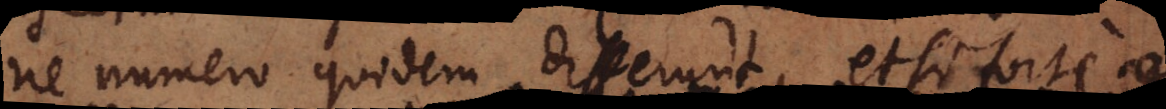
ne numero quidem differunt, et si forte ne